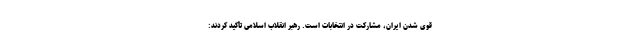
قوی شدن ایران، مشارکت در انتخابات است. رهبر انقلاب اسلامی تأکید کردند: